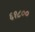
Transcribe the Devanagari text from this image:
६१८००